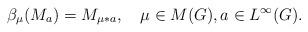
LaTeX: \begin{align*}\beta_{\mu}(M_a) = M_{\mu\ast a}, \ \ \ \mu\in M(G), a\in L^{\infty}(G).\end{align*}